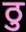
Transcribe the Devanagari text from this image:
ठु